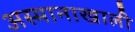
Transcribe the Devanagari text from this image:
अस्मानाखाली